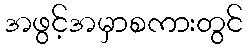
အဖွင့်အမှာစကားတွင်